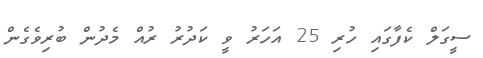
ސީގަލް ކެފާގައި ހުރި 25 އަހަރު ވީ ކަދުރު ރުއް މެދުން ބުރިވެގެން